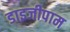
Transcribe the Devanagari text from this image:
डाइजीपाम